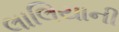
લાલિયાની